Tezpur Lunatic Asylum reports 1895-1904 - 1895-1904
Year: 1895
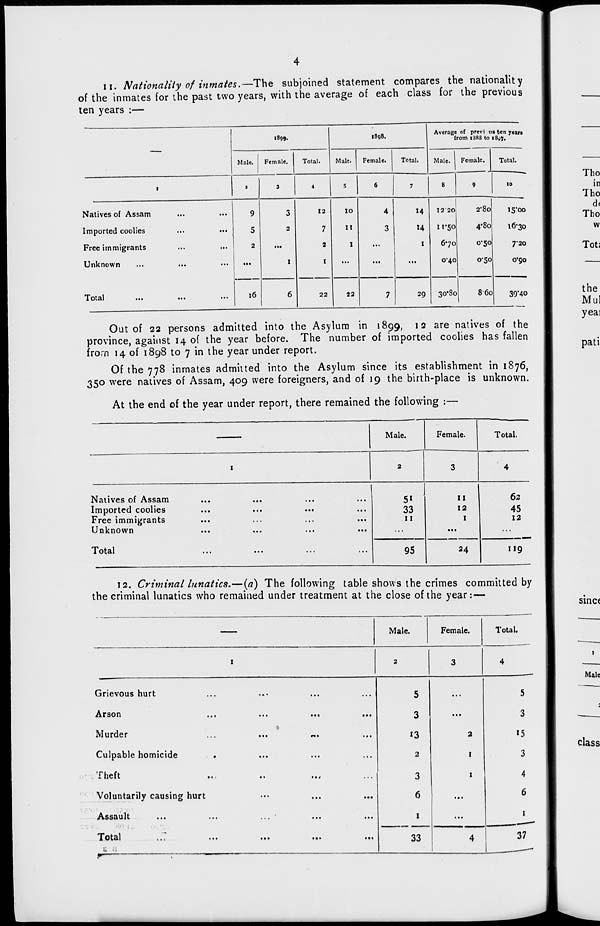
II. Nationality of inmates.—The subjoined statement compares the nationality
of the inmates for the past two years, with the average of each class for the previous
ten years :—
1899.
1898.
Average of previ us ten years
from 1888 to i8v7.
Male.
Female.
Total.
Male.
Female.
Total.
Male.
Female.
Total.
I
2
3
4
S
6
7
8
9
10
Natives of Assam
Imported coolies
Free immigrants
Unknown
9
5
2
3
2
I
12
7
2
I
IO
It
I
4
3
H
14
1
12 20
ir50
670
040
2'8o
4-80
0-50
0-50
i5'oo
16-30
7'20
o'go
1 otal
•••
•••
•••
16
6
22
"
7
29
30*80
860
39*40
Out of 22 persons admitted into the Asylum in 1899, 12 are natives of the
province, against 14 of the year before. The number of imported coolies has fallen
from 14 of 1898 to 7 in the year under report.
Of the 778 inmates admitted into the Asylum since its establishment in 1876,
350 were natives of Assam, 409 were foreigners, and of 19 the birth-place is unknown.
At the end of the year under report, there remained the following :—
Male.
Female.
Total.
I
2
3
4
Natives of Assam
Imported coolies
Free immigrants
Unknown
• • •
•••
•••
...
...
...
...
...
...
...
51
33
11
II
12
I
62
45
12
Total
95
24 1
"9
12. Criminal lunatics.—(a) The following table shows the crimes committed by
the criminal lunatics who remained under treatment at the close of the year: —
Male.
Female.
Total.
I
2
3
4
Grievous hurt
...
...
5
•..
5
Arson
...
• •»
• ••
3
...
3
Murder
t
*»•
...
13
2
15
Culpable homicide
• •.
...
...
2
I
3
Theft
••
• • t
3
I
4
Voluntarily causing hurt
...
...
• ••
6
...
6
Assault
..."
• ■•
• ••
1
...
1
Total
..",
33
4
37
s ■ •
*
;
—
1
-